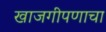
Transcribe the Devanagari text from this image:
खाजगीपणाचा